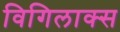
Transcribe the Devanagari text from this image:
विगिलाक्स